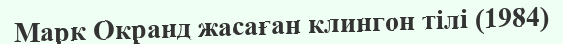
Марк Окранд жасаған клингон тілі (1984)